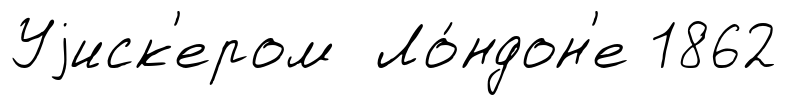
Уjиск'ером Ло́ндон'е 1862